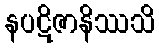
နပဋိဇာနိဿသိ